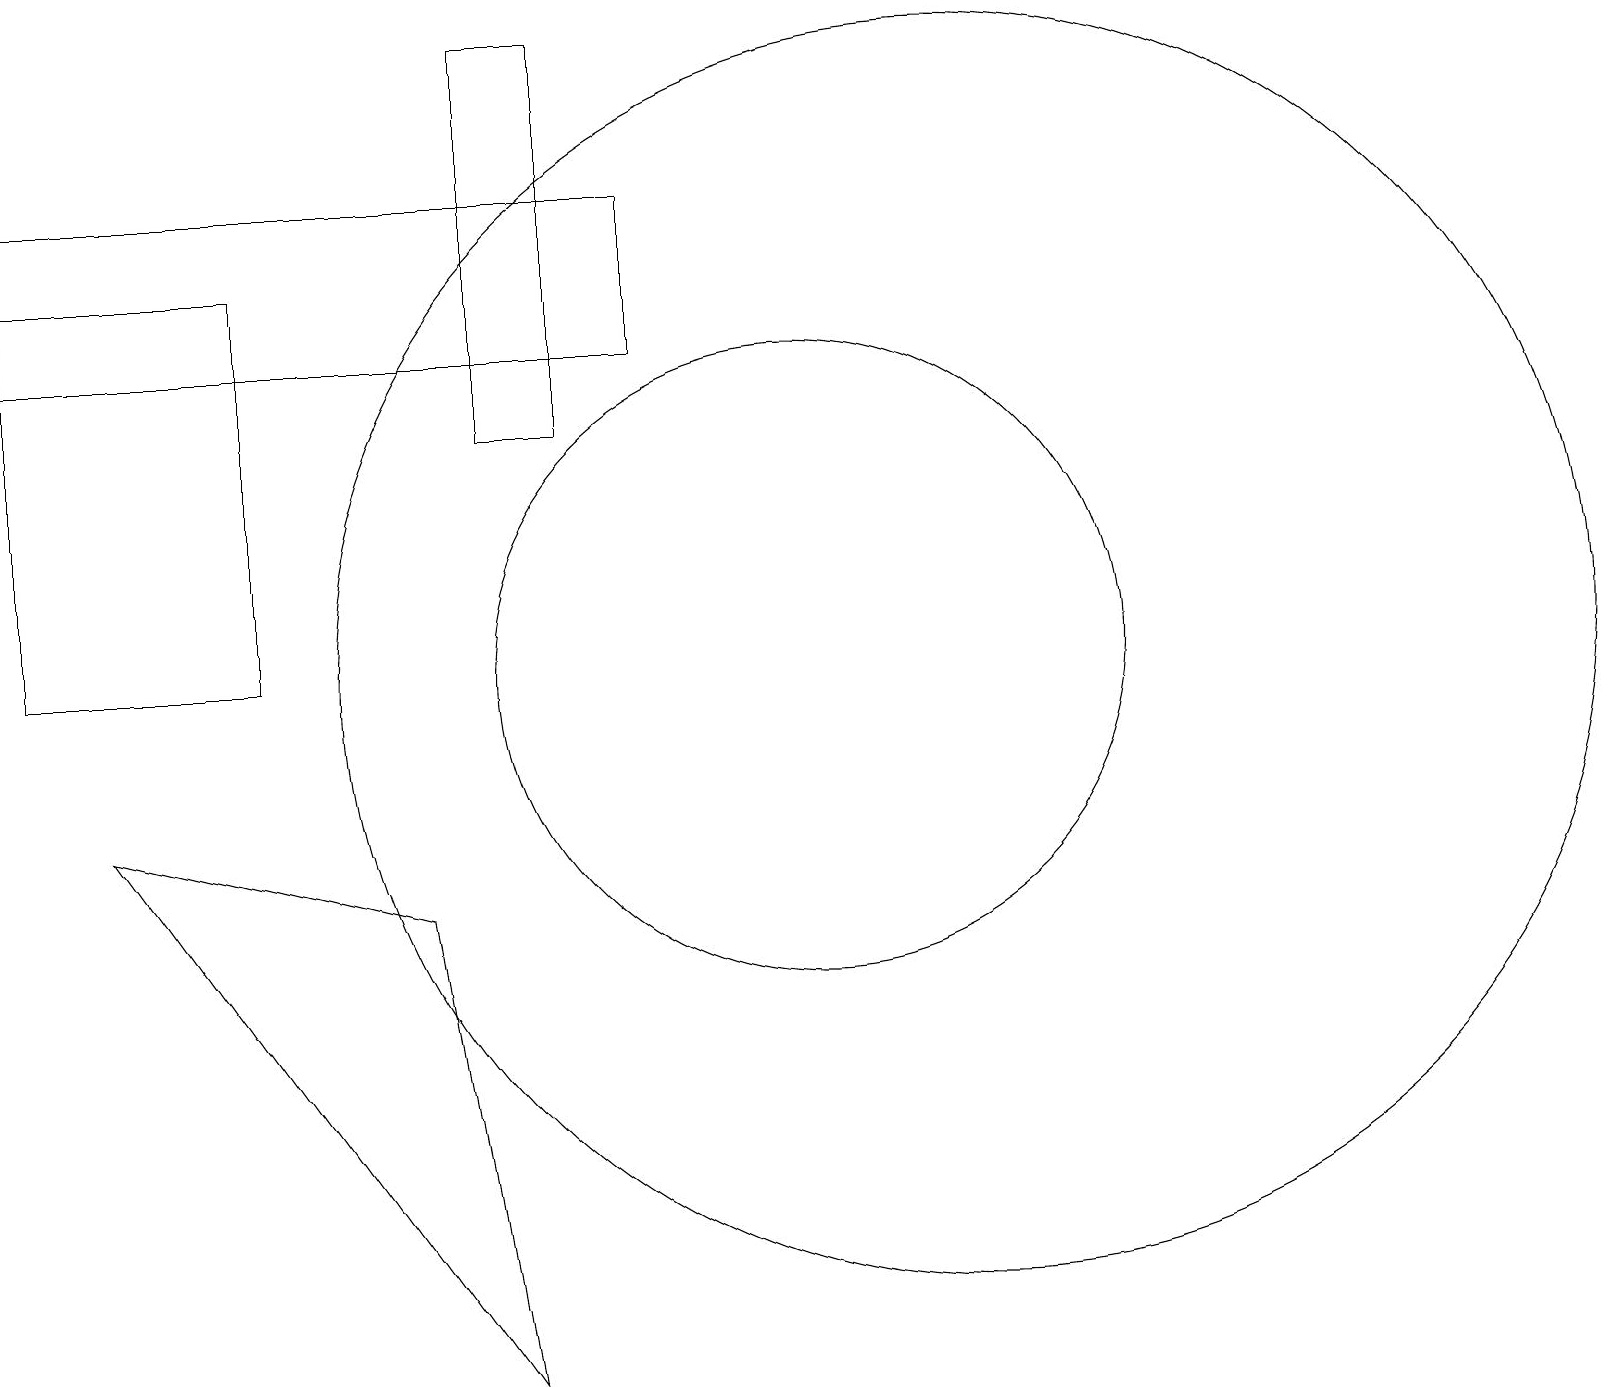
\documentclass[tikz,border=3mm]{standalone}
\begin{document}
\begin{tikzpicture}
\draw (8,14) rectangle (0,16);
\draw (12,10) circle (8);
\draw (10,10) circle (4);
\draw (3,10) rectangle (0,15);
\draw (7,13) rectangle (6,18);
\draw (5,7) -- (1,8) -- (6,1) -- cycle;
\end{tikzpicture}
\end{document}